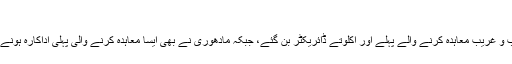
اس معاہدے کے
ذریعے سبھاش گھائی عجیب و غریب معاہدہ کرنے والے پہلے اور اکلوتے ڈائریکٹر بن گئے، جبکہ مادھوری نے بھی ایسا معاہدہ کرنے والی پہلی اداکارہ ہونے کا یہ اعزاز اپنے نام کر لیا۔